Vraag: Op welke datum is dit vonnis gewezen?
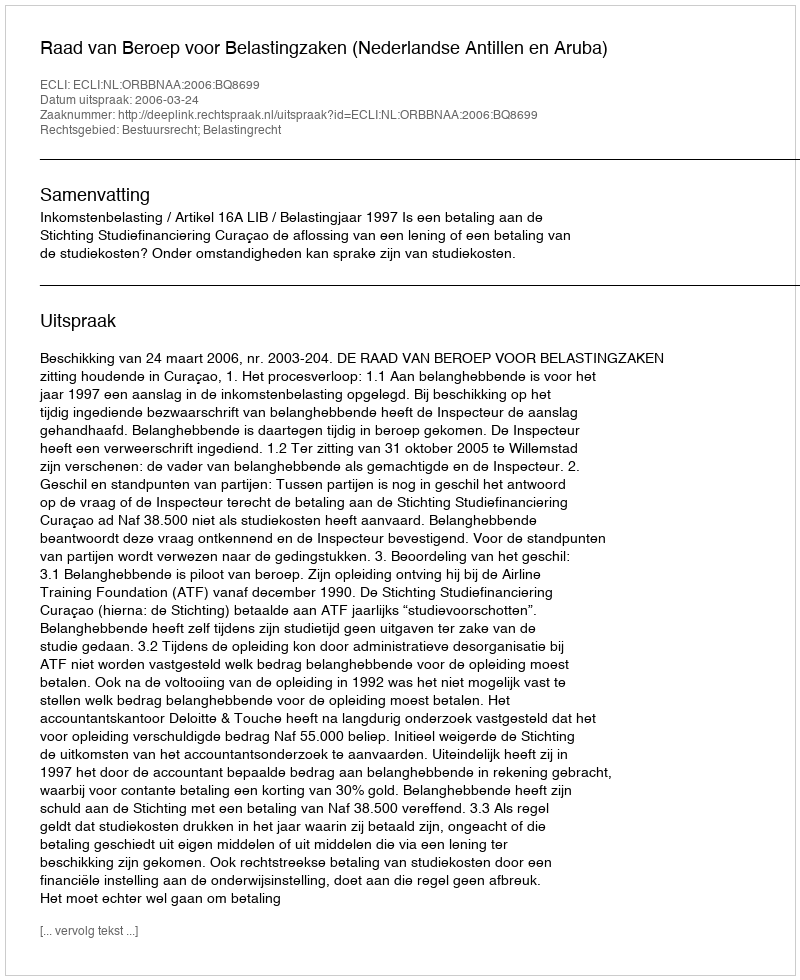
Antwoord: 2006-03-24